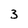
Character: 3